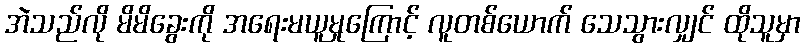
အဲသည်လို မိမိခွေးကို အရေးမယူမှုကြောင့် လူတစ်ယောက် သေသွားလျှင် ထိုသူမှာ